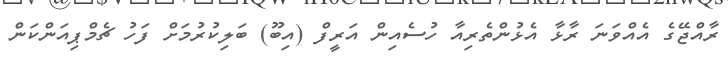
ރާއްޖޭގެ އެއްވަނަ ރާޅާ އެޅުންތެރިއާ ހުސެއިން އަރީފް (އިބޫ) ބަލިކުރުމަށް ފަހު ޗެމްޕިއަންކަން